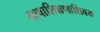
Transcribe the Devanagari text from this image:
भाषाशिक्षणाशिवय